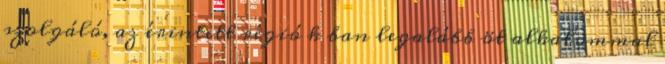
szolgáló, az érintett régió k ban legalább öt alkalommal